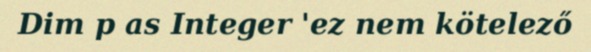
Dim p as Integer 'ez nem kötelező